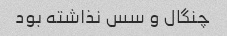
چنگال و سس نذاشته بود